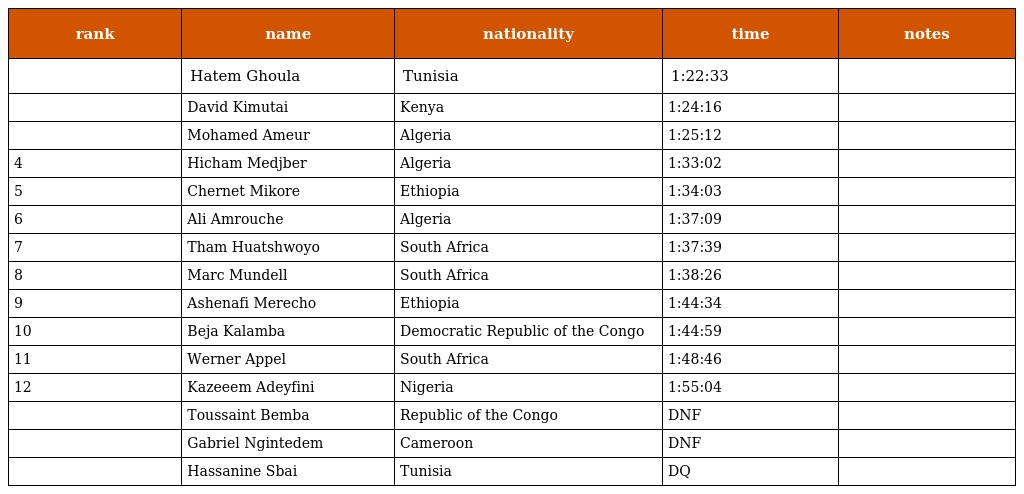
| rank | name | nationality | time | notes |
 | --- | --- | --- | --- | --- |
 |  | Hatem Ghoula | Tunisia | 1:22:33 |  |
 |  | David Kimutai | Kenya | 1:24:16 |  |
 |  | Mohamed Ameur | Algeria | 1:25:12 |  |
 | 4 | Hicham Medjber | Algeria | 1:33:02 |  |
 | 5 | Chernet Mikore | Ethiopia | 1:34:03 |  |
 | 6 | Ali Amrouche | Algeria | 1:37:09 |  |
 | 7 | Tham Huatshwoyo | South Africa | 1:37:39 |  |
 | 8 | Marc Mundell | South Africa | 1:38:26 |  |
 | 9 | Ashenafi Merecho | Ethiopia | 1:44:34 |  |
 | 10 | Beja Kalamba | Democratic Republic of the Congo | 1:44:59 |  |
 | 11 | Werner Appel | South Africa | 1:48:46 |  |
 | 12 | Kazeeem Adeyfini | Nigeria | 1:55:04 |  |
 |  | Toussaint Bemba | Republic of the Congo | DNF |  |
 |  | Gabriel Ngintedem | Cameroon | DNF |  |
 |  | Hassanine Sbai | Tunisia | DQ |  |